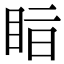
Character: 𥅭